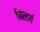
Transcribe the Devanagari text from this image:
बिलर्स